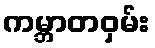
ကမ္ဘာတဝှမ်း